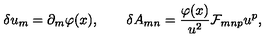
\delta u _ { m } = \partial _ { m } \varphi ( x ) , \qquad \delta A _ { m n } = { \frac { \varphi ( x ) } { u ^ { 2 } } } { \cal F } _ { m n p } u ^ { p } ,